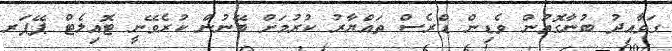
ގަވާއިދު ބުނާގޮތުން ވެޑިން ޑްރެސް ތައްޔާރު ކުރުމަށް ބޭނުން ކުރެވޭނީ ޓޮއިލެޓް ޕޭޕަރ